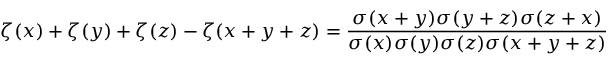
\zeta ( x ) + \zeta ( y ) + \zeta ( z ) - \zeta ( x + y + z ) = { \frac { \sigma ( x + y ) \sigma ( y + z ) \sigma ( z + x ) } { \sigma ( x ) \sigma ( y ) \sigma ( z ) \sigma ( x + y + z ) } }